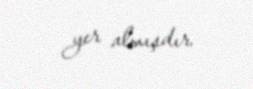
yer almışdır.